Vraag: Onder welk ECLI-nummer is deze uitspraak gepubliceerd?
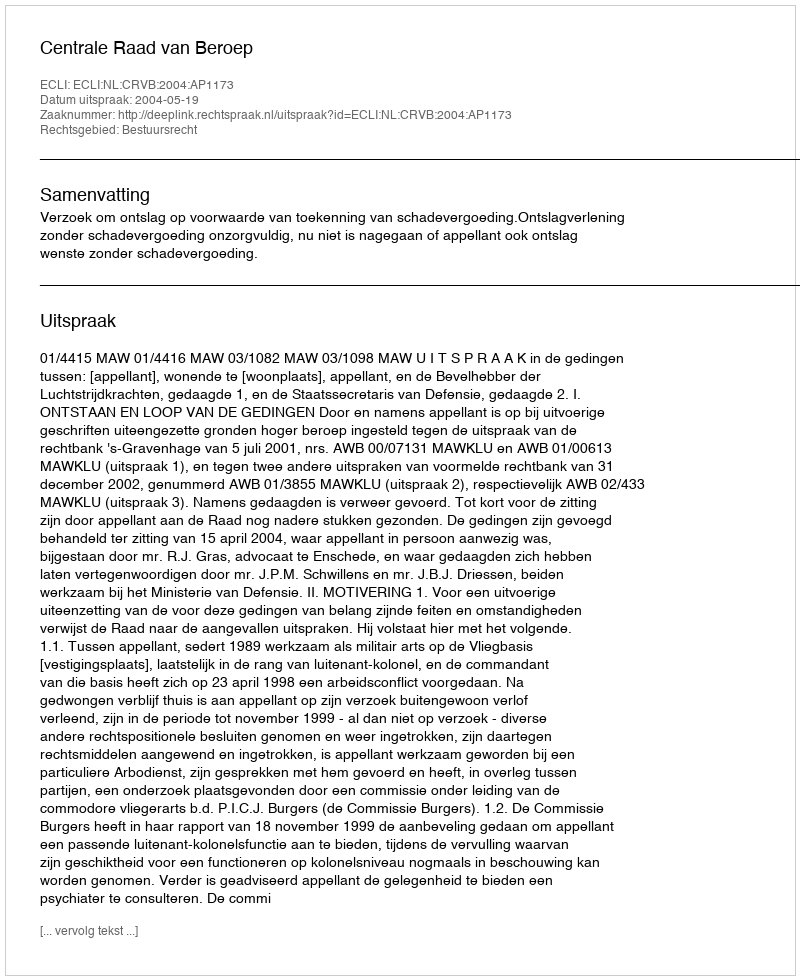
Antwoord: ECLI:NL:CRVB:2004:AP1173